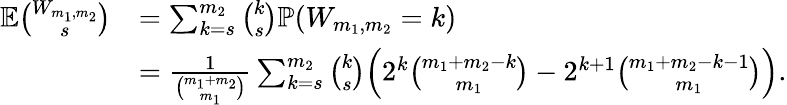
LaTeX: \begin{array}{rl}{{\mathbb{E}}\binom{W_{m_{1},m_{2}}}{s}}&{=\sum_{k=s}^{m_{2}}\binom{k}s{\mathbb{P}}(W_{m_{1},m_{2}}=k)}\\ &{=\frac{1}{\binom{m_{1}+m_{2}}{m_{1}}}\sum_{k=s}^{m_{2}}\binom{k}s\Big(2^{k}\binom{m_{1}+m_{2}-k}{m_{1}}-2^{k+1}\binom{m_{1}+m_{2}-k-1}{m_{1}}\Big).}\end{array}